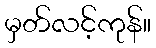
မှတ်လင့်ကုန်။